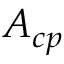
A _ { c p }